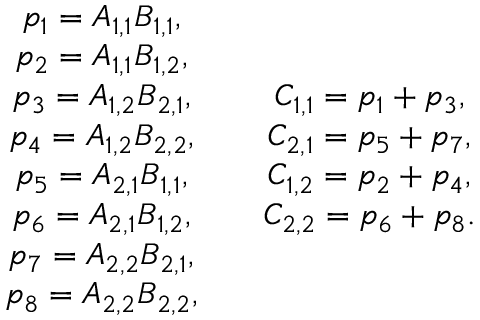
\begin{array} { r } { \begin{array} { c c } { \begin{array} { c } { p _ { 1 } = A _ { 1 , 1 } B _ { 1 , 1 } , } \\ { p _ { 2 } = A _ { 1 , 1 } B _ { 1 , 2 } , } \\ { p _ { 3 } = A _ { 1 , 2 } B _ { 2 , 1 } , } \\ { p _ { 4 } = A _ { 1 , 2 } B _ { 2 , 2 } , } \\ { p _ { 5 } = A _ { 2 , 1 } B _ { 1 , 1 } , } \\ { p _ { 6 } = A _ { 2 , 1 } B _ { 1 , 2 } , } \\ { p _ { 7 } = A _ { 2 , 2 } B _ { 2 , 1 } , } \\ { p _ { 8 } = A _ { 2 , 2 } B _ { 2 , 2 } , } \end{array} } & { \begin{array} { c } { C _ { 1 , 1 } = p _ { 1 } + p _ { 3 } , } \\ { C _ { 2 , 1 } = p _ { 5 } + p _ { 7 } , } \\ { C _ { 1 , 2 } = p _ { 2 } + p _ { 4 } , } \\ { C _ { 2 , 2 } = p _ { 6 } + p _ { 8 } . } \end{array} } \end{array} } \end{array}